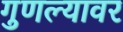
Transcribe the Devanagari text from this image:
गुणल्यावर